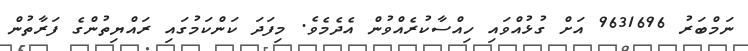
ނަމްބަރު 9631696 އަށް ގުޅުއްވައި ހިއްސާކުރެއްވުން އެދެމެވެ. މިފަދަ ކަންކަމުގައި ރައްޔިތުންގެ ފަރާތުން